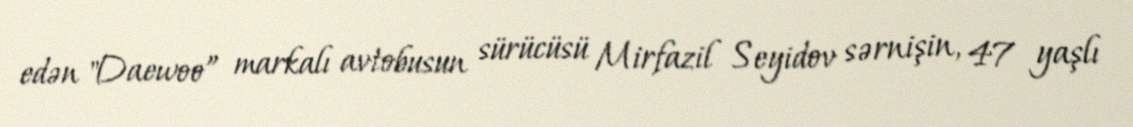
edən "Daewoo” markalı avtobusun sürücüsü Mirfazil Seyidov sərnişin, 47 yaşlı